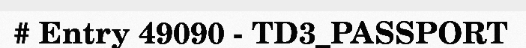
# Entry 49090 - TD3_PASSPORT